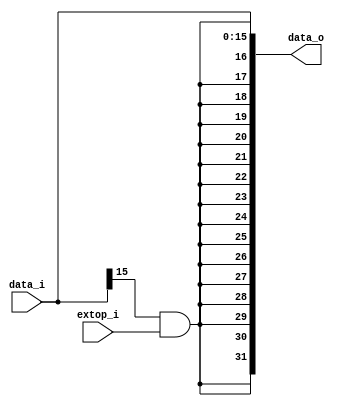
module SignExtend(
    extop_i,
    data_i,
    data_o
);

input		  extop_i;
input  [15:0] data_i;
output [31:0] data_o;

assign data_o = { {16{data_i[15]&extop_i}}, data_i };

endmodule